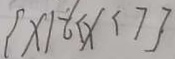
\{ x \vert - 6 < x < 7 \}